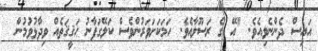
އައިސް ދެންނެވިއެވެ. "އޭ ގެ ރަސޫލާއެވެ. ހަމަކަށަވަރުންވެސް ކަލޭގަފާނު ޙަޤީޤަތެއް ވިދާޅުވުމުން